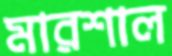
মারশাল